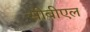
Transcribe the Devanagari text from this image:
सीबीएल